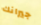
جيرانك